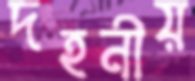
দহনীয়